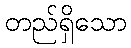
တည်ရှိသော